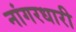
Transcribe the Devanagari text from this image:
नांगरधारी